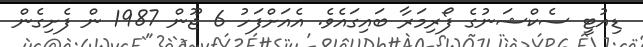
ޑިއުޓީ ސެކްޝަނުގެ ފޯރިމަރާ ބައިގައެވެ. އެއަށްފަހު 6 ޖޫން 1987 ން ފެށިގެން